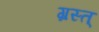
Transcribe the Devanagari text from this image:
ग्रस्त्